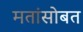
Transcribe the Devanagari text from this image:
मतांसोबत